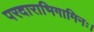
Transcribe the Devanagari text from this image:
परदाराभिगामिनः।